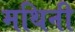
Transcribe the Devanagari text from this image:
मथिनी